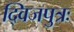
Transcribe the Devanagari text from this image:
द्विजपुत्रः